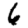
Digit: 6